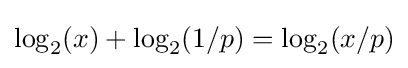
\log _{2}(x)+\log _{2}(1/p)=\log _{2}(x/p)